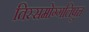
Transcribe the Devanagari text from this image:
तिस्समोग्गलिपुत्त